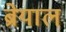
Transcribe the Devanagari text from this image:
ब्रेयाल